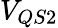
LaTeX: V_{QS2}